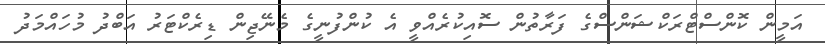
އަމީން ކޮންސްޓްރަކްޝަންސްގެ ފަރާތުން ސޮއިކުރެއްވީ އެ ކުންފުނީގެ މެނޭޖިން ޑިރެކްޓަރު އަބްދު މުހައްމަދު